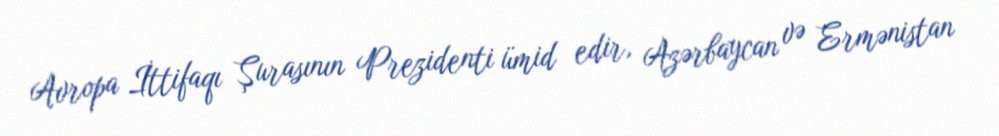
Avropa İttifaqı Şurasının Prezidenti ümid edir, Azərbaycan və Ermənistan